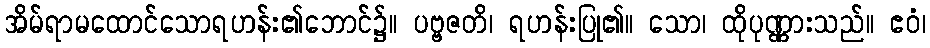
အိမ်ရာမထောင်သောရဟန်း၏ဘောင်၌။ ပဗ္ဗဇတိ၊ ရဟန်းပြု၏။ သော၊ ထိုပုဏ္ဏားသည်။ ဧဝံ၊